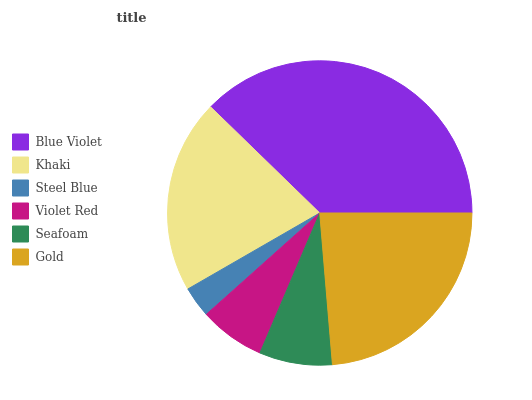
| Blue Violet | Khaki | Steel Blue | Violet Red | Seafoam | Gold |
 | --- | --- | --- | --- | --- | --- |
 | 37.7% | 20.5% | 3.28% | 6.97% | 7.75% | 23.7% |